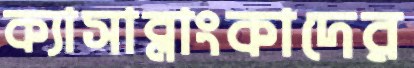
ক্যাসাব্লাংকাদের